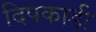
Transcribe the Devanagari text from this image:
दिपकाडी